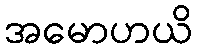
အမောဟယိ